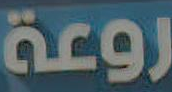
روعة